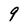
Character: 9